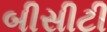
બીસીટી